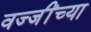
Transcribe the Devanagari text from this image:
वज्जींच्या